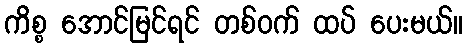
ကိစ္စ အောင်မြင်ရင် တစ်ဝက် ထပ် ပေးမယ်။